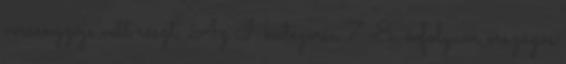
versenyzője vett részt. Az I. kategória 7-8. évfolyam országos